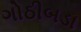
ગોઠીબડા